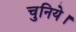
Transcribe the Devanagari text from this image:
चुनिये।